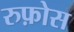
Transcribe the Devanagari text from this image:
रुफ़ोस